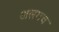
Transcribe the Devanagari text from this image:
अलगच